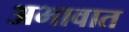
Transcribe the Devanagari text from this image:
अभावात